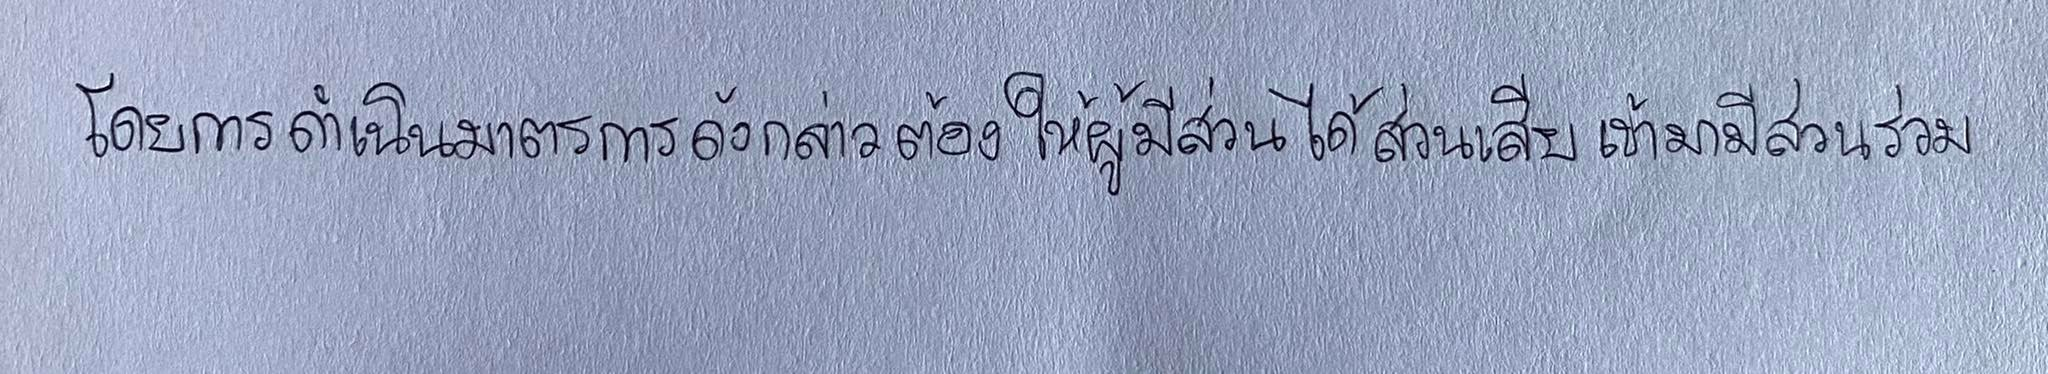
โดยการดำเนินมาตรการดังกล่าวต้องให้ผู้มีส่วนได้ส่วนเสียเข้ามามีส่วนร่วม